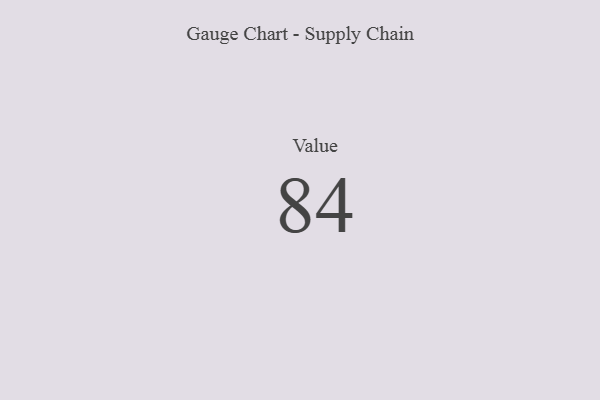
{"axis": {"x": "Metric", "y": "Value"}, "legend": [""], "data": [{"x": "Value", "y": 84, "type": ""}]}